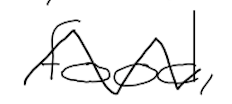
Text: food,
Cross-out: zig-zag
Writing tool: digital_black